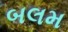
બલમ